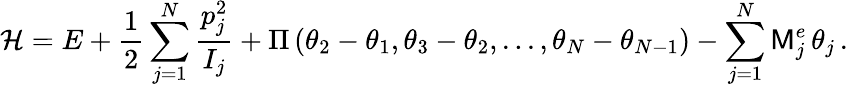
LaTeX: \mathcal{H}=E+\frac{1}{2}\sum_{j=1}^{N}\frac{p_{j}^{2}}{I_{j}}+\Pi\left(\theta_{2}-\theta_{1},\theta_{3}-\theta_{2},...,\theta_{N}-\theta_{N-1}\right)-\sum_{j=1}^{N}\mathsf{M}_{j}^{e}\, \theta_{j}\, .